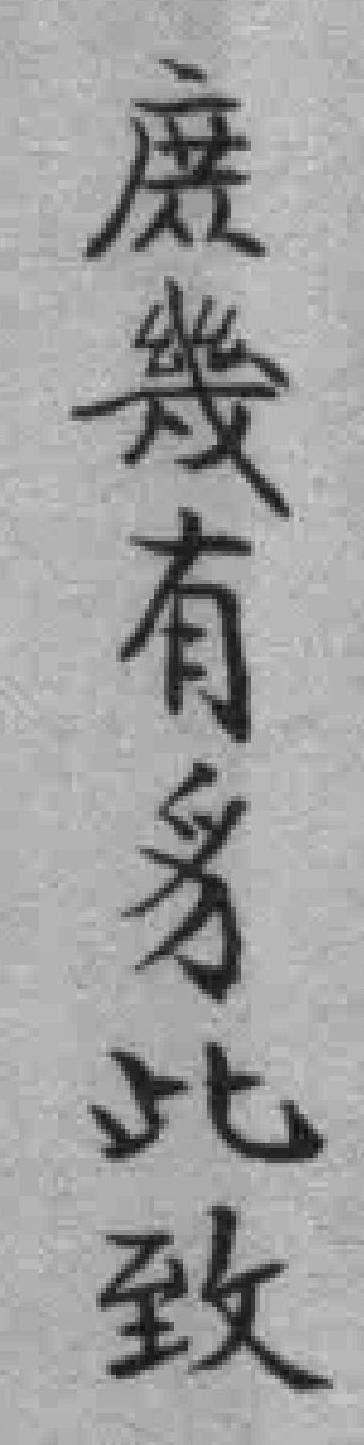
庻幾有豸此致